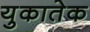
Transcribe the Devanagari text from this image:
युकातेक